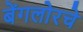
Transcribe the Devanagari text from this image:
बेंगलोरचे